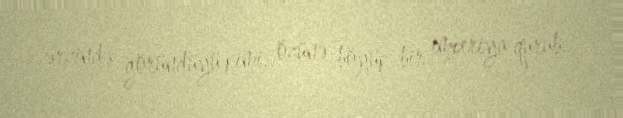
ərzində göründüyü kimi, özünə böyük bir imperiya qurub.